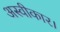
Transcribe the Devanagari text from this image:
अस्वीकार।